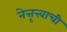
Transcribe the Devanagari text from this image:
नेत्तृत्त्वाची